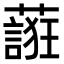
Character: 𬞷